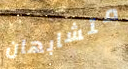
متشابهان